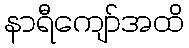
နာရီကျော်အထိ